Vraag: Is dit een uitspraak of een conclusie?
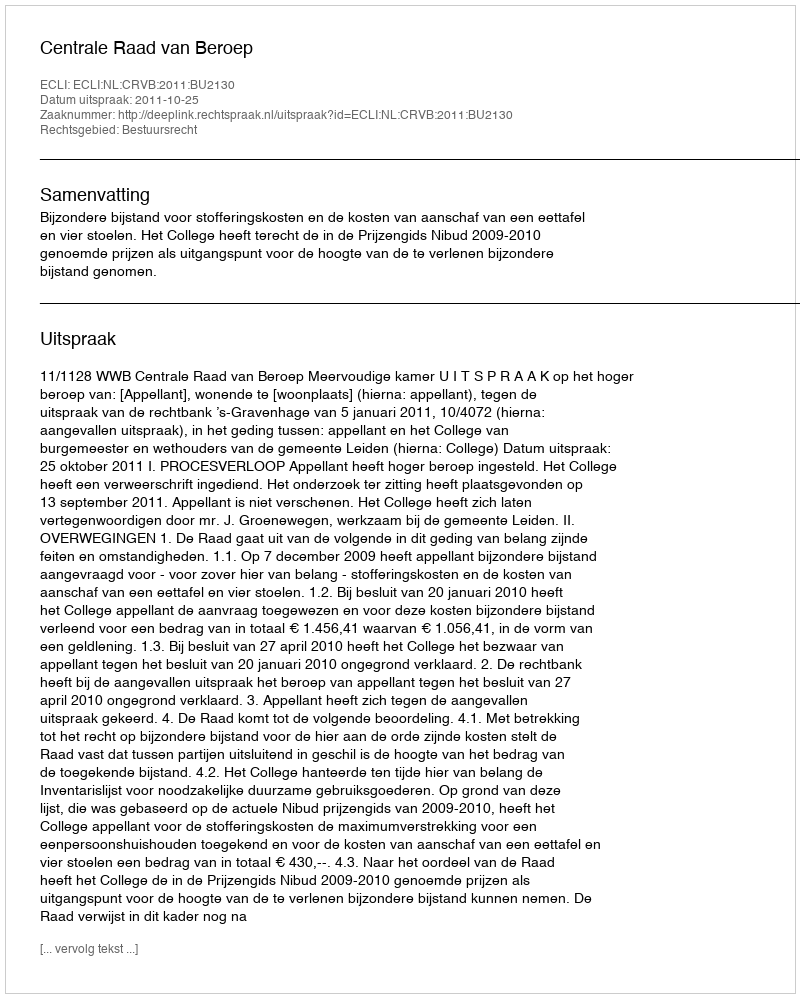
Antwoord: Uitspraak